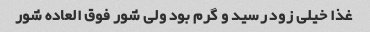
غذا خیلی زود رسید و گرم بود ولی شور فوق العاده شور